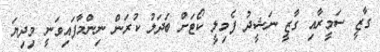
ގާޒީ ސަމީރާއި ގާޒީ ނަޝީދު ފެމިލީ ކޯޓަށް ބަދަލު ކުރަން ނިންމާފައިވަނީ މިދިޔަ